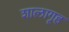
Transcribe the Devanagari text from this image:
शालागृह